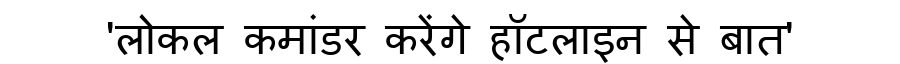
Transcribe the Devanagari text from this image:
'लोकल कमांडर करेंगे हॉटलाइन से बात'